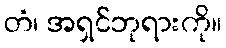
တံ၊ အရှင်ဘုရားကို။